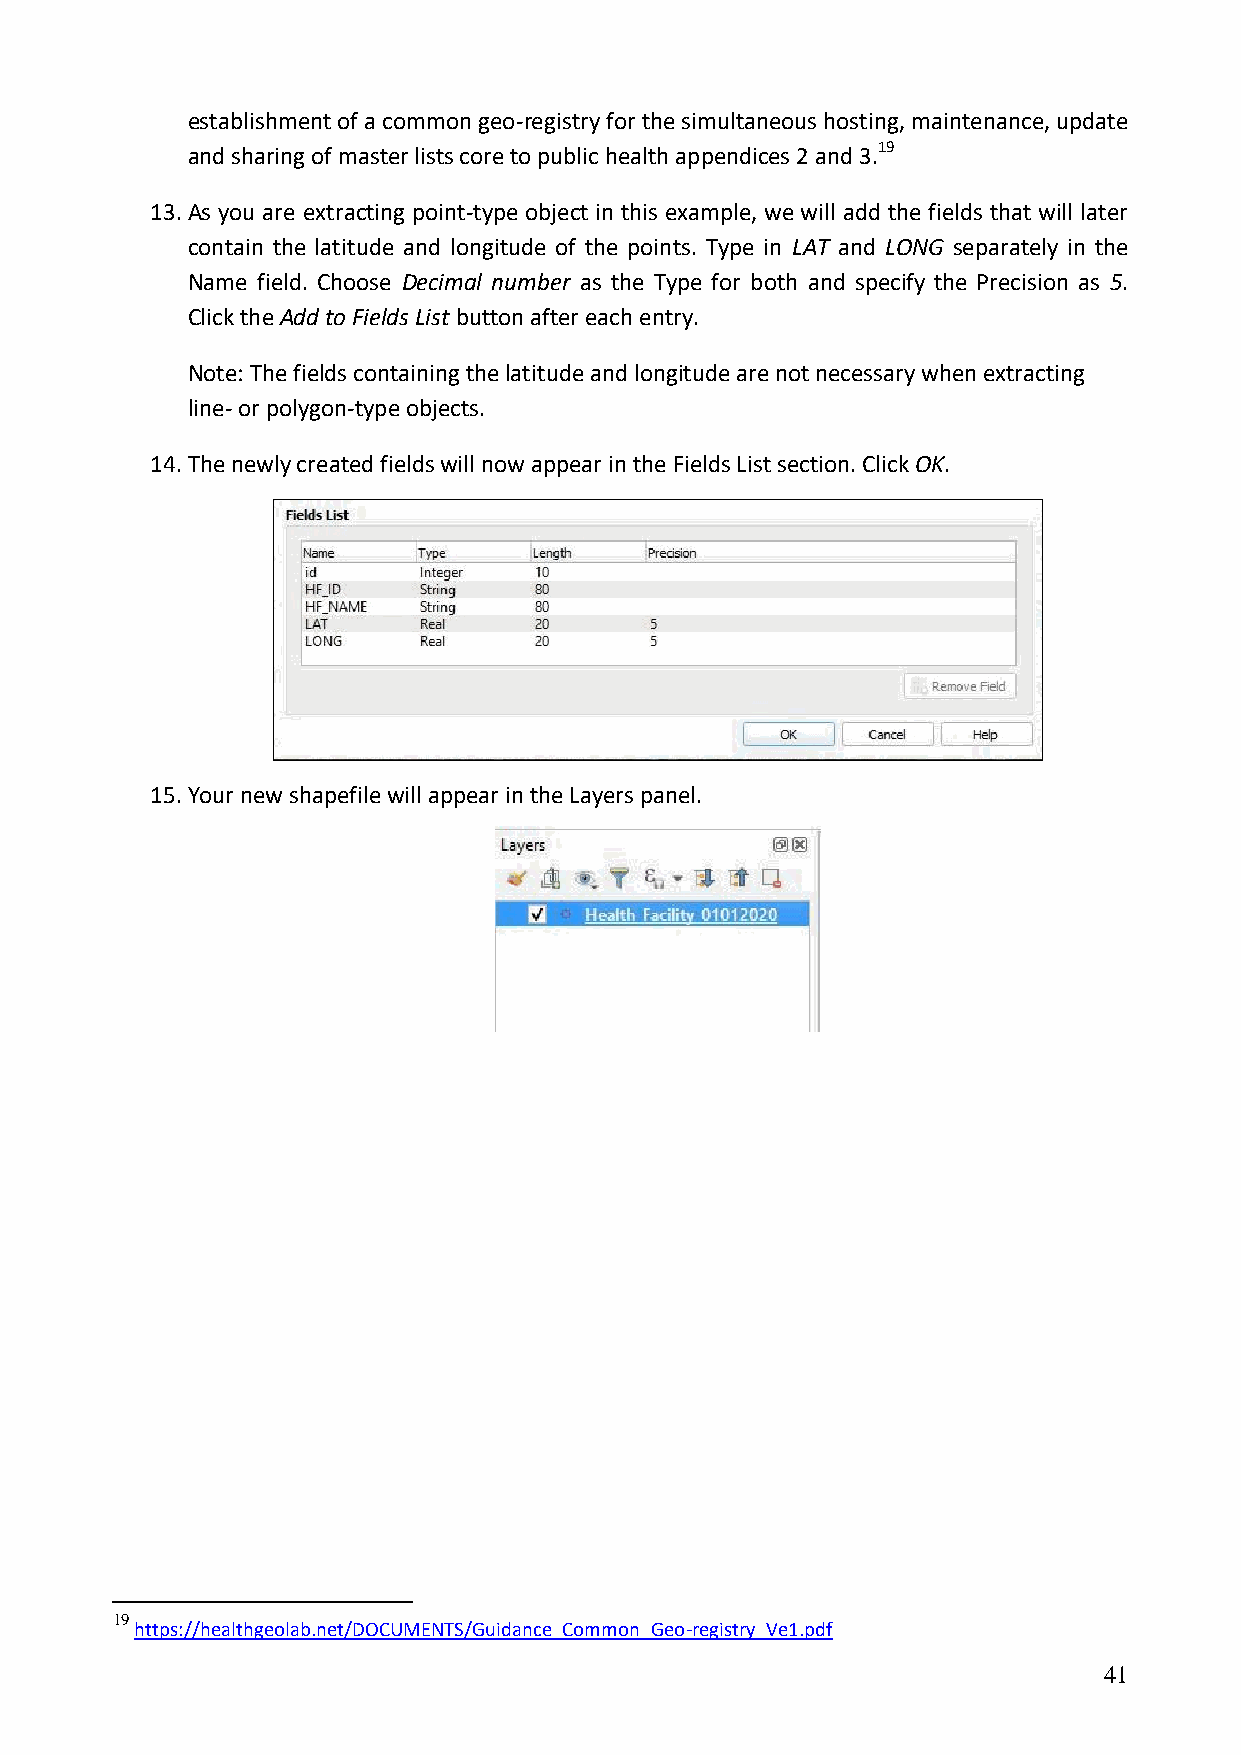
establishment of a common geo-registry for the simultaneous hosting, maintenance, update
 and sharing of master lists core to public health appendices 2 and 3.19
 13. As you are extracting point-type object in this example, we will add the fields that will later
 contain the latitude and longitude of the points. Type in LAT and LONG separately in the
 Name field. Choose Decimal number as the Type for both and specify the Precision as 5.
 Click the Add to Fields List button after each entry.
 Note: The fields containing the latitude and longitude are not necessary when extracting
 line- or polygon-type objects.
 14. The newly created fields will now appear in the Fields List section. Click OK.
 15. Your new shapefile will appear in the Layers panel.
 19
 https://healthgeolab.net/DOCUMENTS/Guidance_Common_Geo-registry_Ve1.pdf
 41